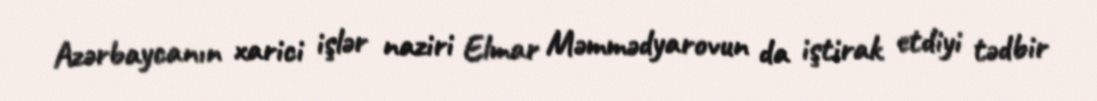
Azərbaycanın xarici işlər naziri Elmar Məmmədyarovun da iştirak etdiyi tədbir